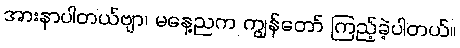
အားနာပါတယ်ဗျာ၊ မနေ့ညက ကျွန်တော် ကြည့်ခဲ့ပါတယ်။